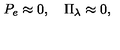
P _ { e } \approx 0 , \quad \Pi _ { \lambda } \approx 0 ,